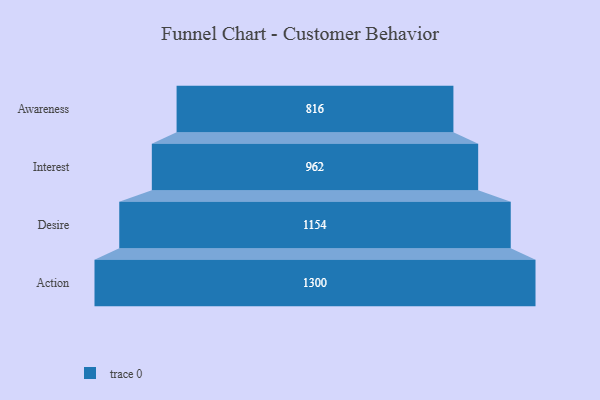
{"axis": {"x": "Stage", "y": "Value"}, "legend": [""], "data": [{"x": "Awareness", "y": 816.0, "type": ""}, {"x": "Interest", "y": 962.0, "type": ""}, {"x": "Desire", "y": 1154.0, "type": ""}, {"x": "Action", "y": 1300.0, "type": ""}]}